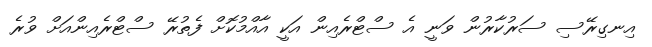
އިނގިރޭސި ސަރުކާރުން ވަނީ އެ ސްޓްރެއިން އަކީ އާއްމުކޮށް ފެތުރޭ ސްޓްރެއިންއަށް ވުރެ